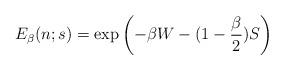
LaTeX: \begin{align*}E_\beta(n;s)=\exp\left(-\beta W- (1-{\beta\over 2})S\right)\end{align*}